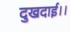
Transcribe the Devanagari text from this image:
दुखदाई।।